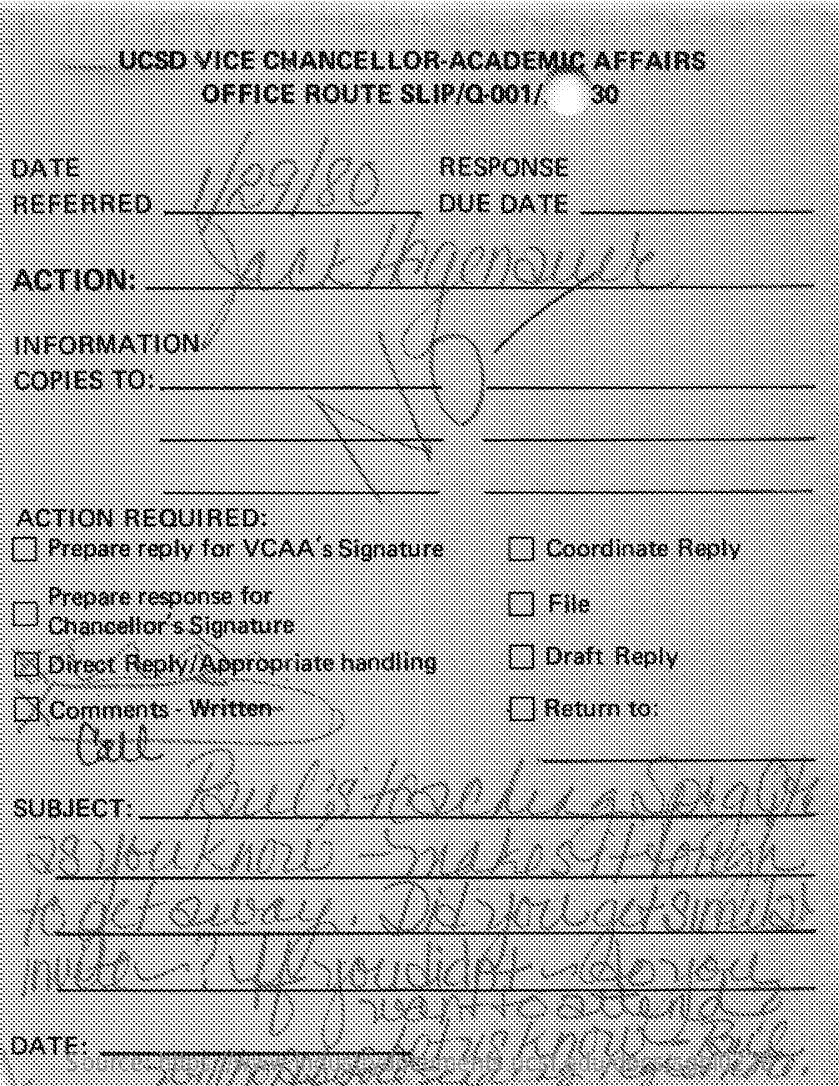
UCSD   VICE CHANCELLOR-ACADEMIC    AFFAIRS
     OFFICE  ROUTE    SLIP/0-001/    30
  DATE    RESPONSE
  REFERRED    DUE  DATE
  ACTION:
  INFORMATION
  COPIES  TO
  ACTION  REQUIRED:
    Prepara reply for VCAA s Signature    -Coordinate   Reply
    Prepare response for
    Chancellor's Signature
     _  File
    Direct Reply/Appropriate handling    Draft Reply
    Comments   - Written    Return to:
  SUBJECT:
  DATE
     Source: https://www.industrydocuments.ucsf.edu/docs/sgbl0226